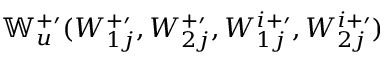
\mathbb { W } _ { u } ^ { + \prime } ( W _ { 1 j } ^ { + \prime } , W _ { 2 j } ^ { + \prime } , W _ { 1 j } ^ { i + \prime } , W _ { 2 j } ^ { i + \prime } )